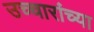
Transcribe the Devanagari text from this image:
उच्चारांच्या